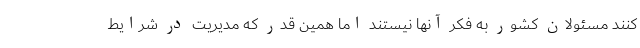
کنند مسئولان کشور به فکر آنها نیستند اما همین قدر که مدیریت در شرایط